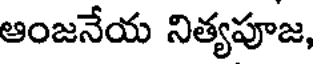
ఆంజనేయ నిత్యపూజ,